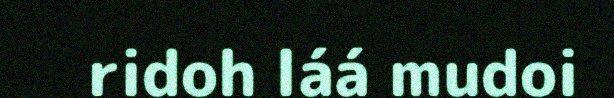
ridoh láá mudoi